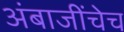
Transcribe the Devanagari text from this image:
अंबाजींचेच